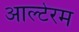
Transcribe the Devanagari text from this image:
आल्टेरम